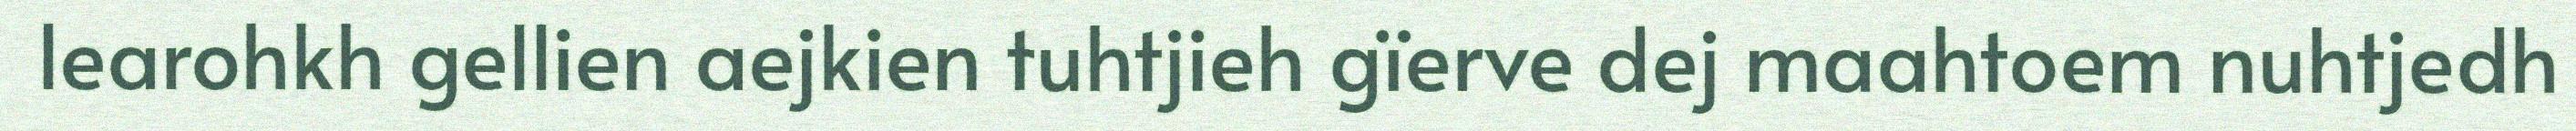
learohkh gellien aejkien tuhtjieh gïerve dej maahtoem nuhtjedh